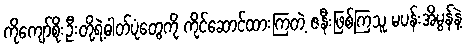
ကိုကျော်စိုးဦးတို့ရဲ့ဓါတ်ပုံတွေကို ကိုင်ဆောင်ထားကြတဲ့ ဇနီးဖြစ်ကြသူ မပန်းအိမွန်နဲ့